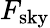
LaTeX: F_{\textrm{sky}}